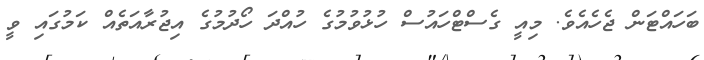
ބަހައްޓަން ޖެހެއެވެ. މިއީ ގެސްޓްހައުސް ހުޅުވުމުގެ ހުއްދަ ހޯދުމުގެ އިޖުރާއަތެއް ކަމުގައި ވީ